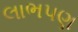
લાભપણ